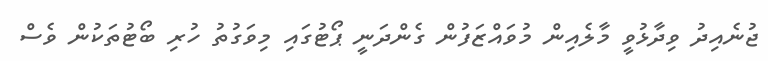
ޖުނެއިދު ވިދާޅުވީ މާލެއިން މުވައްޒަފުން ގެންދަނީ ޕޯޓުގައި މިވަގުތު ހުރި ބޯޓުތަކުން ވެސް